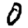
Digit: 0